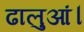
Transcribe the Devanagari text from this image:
ढालुआं।